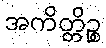
အကိတ္တိဉ္စ